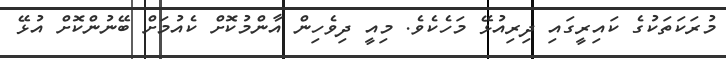
މުރަކަތަކުގެ ކައިރީގައި ދިރިއުޅޭ މަހެކެވެ. މިއީ ދިވެހިން އާންމުކޮށް ކެއުމަށް ބޭނުންކޮށް އުޅޭ